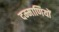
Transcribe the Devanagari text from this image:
दम्माणियों